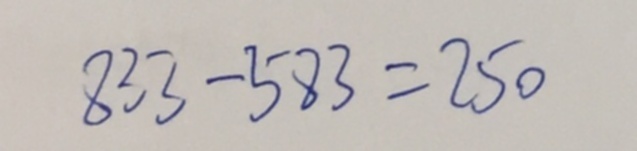
8 3 3 - 5 8 3 = 2 5 0